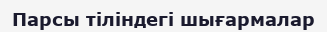
Парсы тіліндегі шығармалар